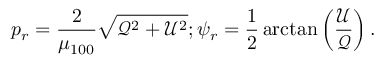
p _ { r } = \frac { 2 } { \mu _ { 1 0 0 } } \sqrt { \mathcal { Q } ^ { 2 } + \mathcal { U } ^ { 2 } } ; \psi _ { r } = \frac { 1 } { 2 } \arctan \left( \frac { \mathcal { U } } { \mathcal { Q } } \right) .